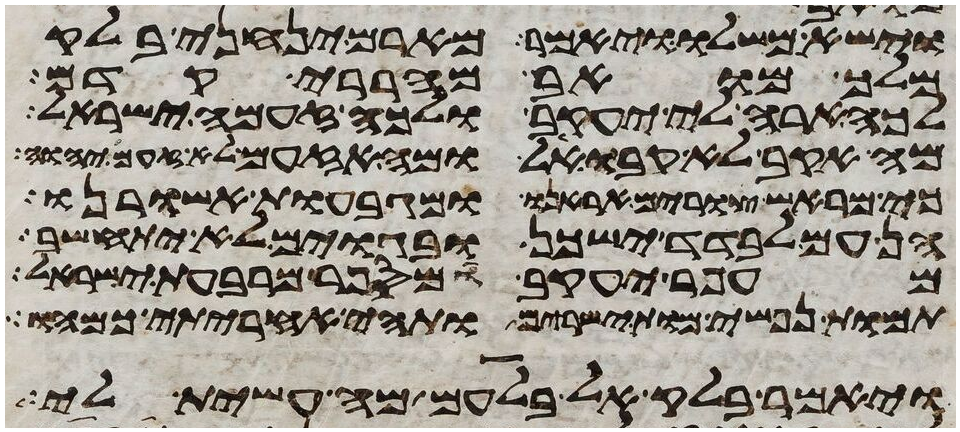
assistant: וישא משלו ויאמר מארם ינחני בלק
מלך מואב מהררי קדם
לכה ארה לי יעקב ולכה זעמה ישראל
מה אקב לא קבו אל ומה אזעם לא זעם יהוה
כי מראש צורים אראנו ומגבעות אשורנו
הן עם לבדד ישכן ובגוים לא יתחשב
עפר יעקב ומי ספר מרבע ישראל
תמות נפשי מות ישירים ותהי אחריתי כמהו
ויאמר בלק אל בלעם מה עשית לי